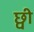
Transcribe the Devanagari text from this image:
छ्वी